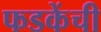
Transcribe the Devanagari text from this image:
फडकेंची